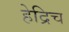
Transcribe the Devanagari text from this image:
हेद्रिच